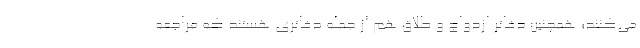
می‌کنند؛ همچنین دفاتر ازدواج و طلاق هم از جمله دفاتری هستند که مراجعه